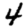
Digit: 4